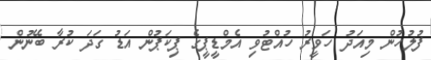
ފުލުހުން މިއަދު ހަވީރު ހުއްޓުވި އެމްޑީޕީގެ ޕިކަޕުން އަޑު ގަދަ ކުރާ ބޭނުން